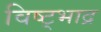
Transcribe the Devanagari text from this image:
विष्ट्भाद्र